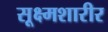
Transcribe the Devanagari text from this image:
सूक्ष्मशारीर